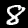
Digit: 8